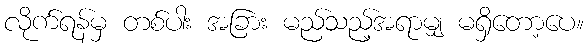
လိုက်ရန်မှ တစ်ပါး အခြား မည်သည့်အရာမျှ မရှိတော့ပေ။